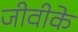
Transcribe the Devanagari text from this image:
जीवीके